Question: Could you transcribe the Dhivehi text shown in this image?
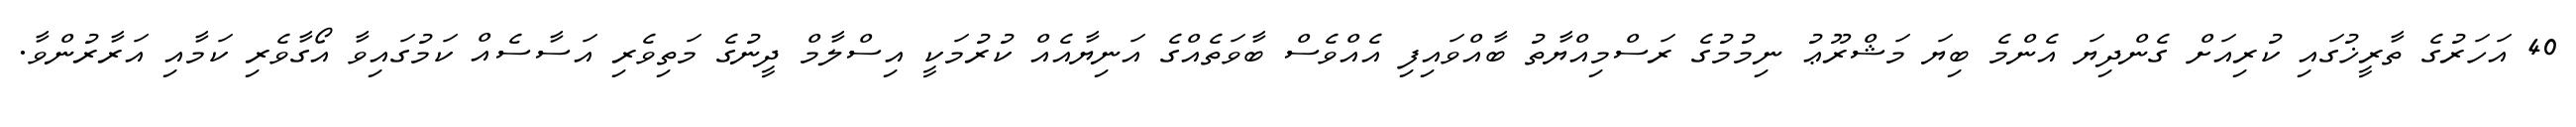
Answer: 40 އަހަރުގެ ތާރީޚުގައި ކުރިއަށް ގެންދިޔަ އެންމެ ބިޔަ މަޝްރޫޢު ނިމުމުގެ ރަސްމިއްޔާތު ބާއްވައިފި އެއްވެސް ބާވަތެއްގެ އަނިޔާއެއް ކުރުމަކީ އިސްލާމް ދީނުގެ މަތިވެރި އަސާސެއް ކަމުގައިވާ އޯގާވެރި ކަމާއި އަރާރުންވާ.